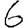
Digit: 6